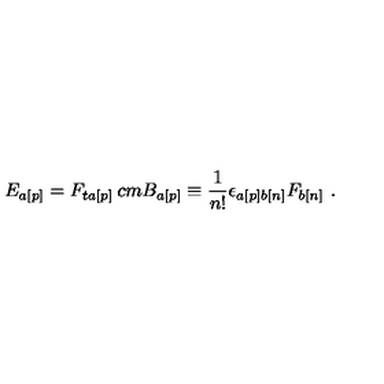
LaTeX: E _ { a [ p ] } = F _ { t a [ p ] } \hspace * { 2 c m } B _ { a [ p ] } \equiv \frac { 1 } { n ! } { \epsilon } _ { a [ p ] b [ n ] } F _ { b [ n ] } \ .